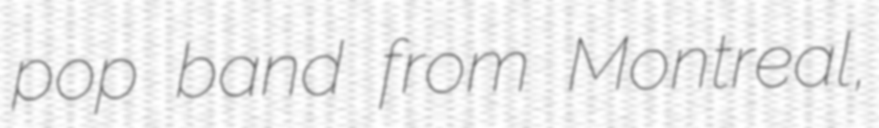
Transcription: pop band from Montreal,